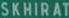
SKHIRAT